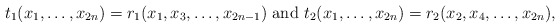
\begin{align*} t_1(x_1,\ldots,x_{2n})=r_1(x_{1},x_3,\ldots, x_{2n-1})\mbox{ and }t_2(x_1,\ldots,x_{2n})=r_2(x_{2},x_4,\ldots, x_{2n}), \end{align*}